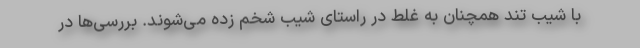
با شیب تند همچنان به غلط در راستای شیب شخم زده می‌شوند. بررسی‌ها در